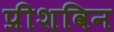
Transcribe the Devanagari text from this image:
प्रीशविन